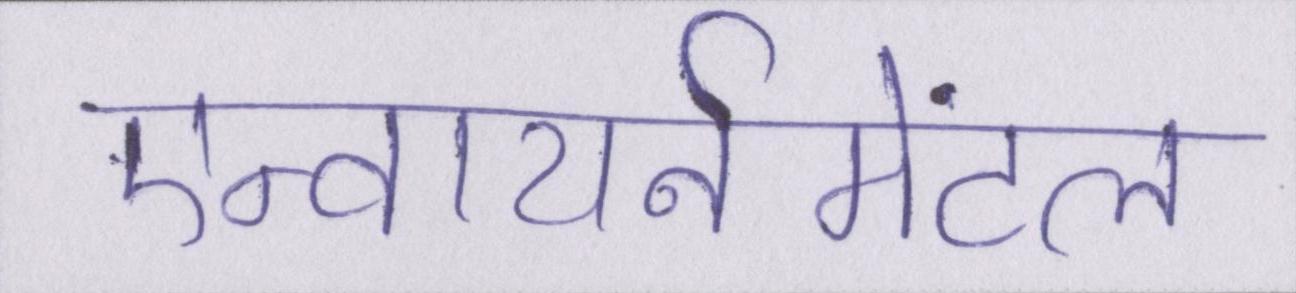
एन्वायर्नमेंटल